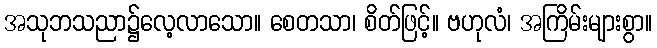
အသုဘသညာ၌လေ့လာသော။ စေတသာ၊ စိတ်ဖြင့်။ ဗဟုလံ၊ အကြိမ်းများစွာ။